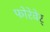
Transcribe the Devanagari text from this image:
फोरेवेर्